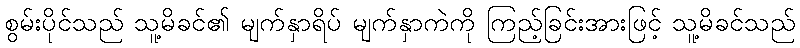
စွမ်းပိုင်သည် သူ့မိခင်၏ မျက်နှာရိပ် မျက်နှာကဲကို ကြည့်ခြင်းအားဖြင့် သူ့မိခင်သည်